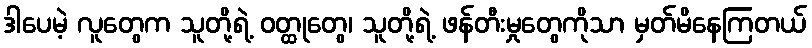
ဒါပေမဲ့ လူတွေက သူတို့ရဲ့ ဝတ္ထုတွေ၊ သူတို့ရဲ့ ဖန်တီးမှုတွေကိုသာ မှတ်မိနေကြတယ်